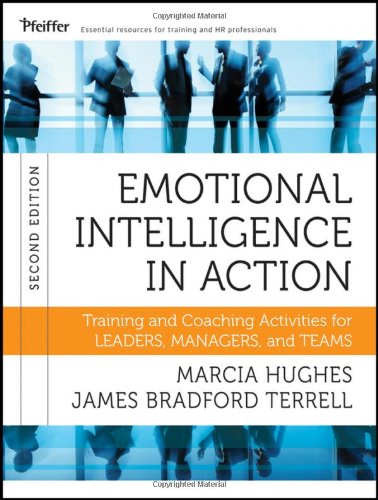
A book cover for Emotional Intelligence in Action: Training and Coaching Activities for Leaders, Managers, and Teams; Marcia Hughes; Business & Money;